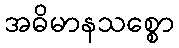
အဓိမာနသစ္စော